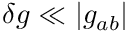
\delta g \ll \vert g _ { a b } \vert